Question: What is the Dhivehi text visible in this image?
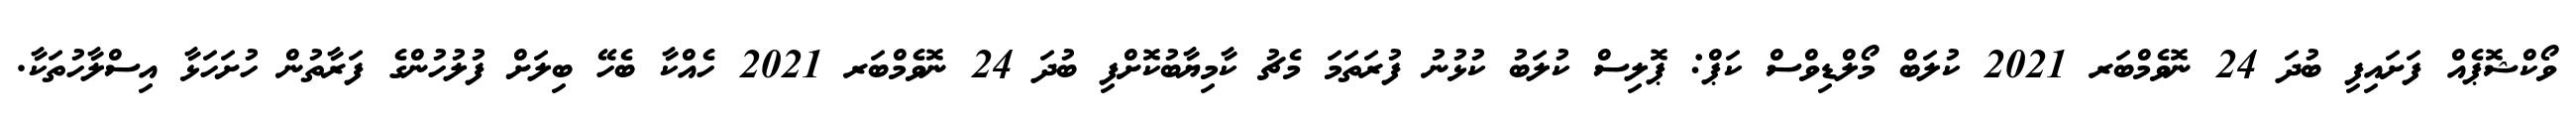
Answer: ވޯކްޝޮޕެއް ފަށައިފި ބުދަ 24 ނޮވެމްބަރ 2021 ކުލަބް މޯލްޑިވްސް ކަޕް: ޕޮލިސް ކުލަބު ކުޅުނު ފުރަތަމަ މެޗު ކާމިޔާބުކޮށްފި ބުދަ 24 ނޮވެމްބަރ 2021 ހެއްކާ ބެހޭ ބިލަށް ފުލުހުންގެ ފަރާތުން ހުށަހަޅާ އިސްލާހުތަކާ.